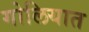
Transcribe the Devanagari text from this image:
गोलियात